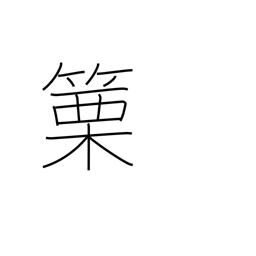
Meaning: horn